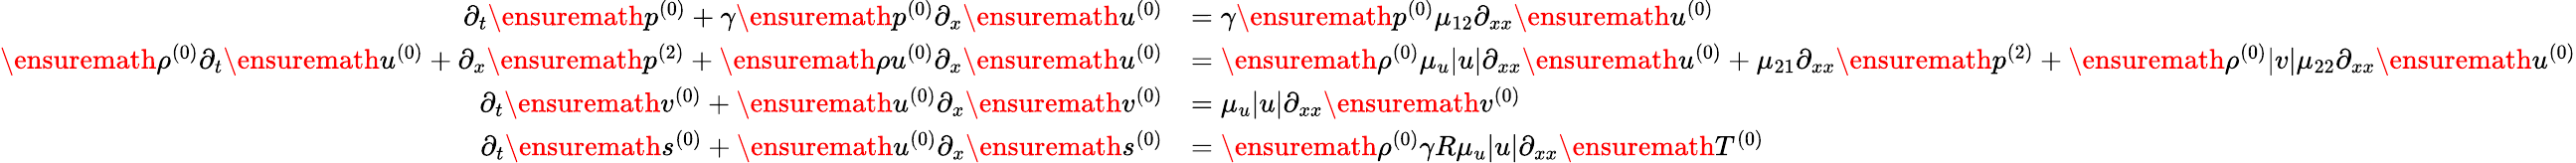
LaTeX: \begin{array}{rl}{\partial_{t}\ensuremath{p^{(0)}}+\gamma\ensuremath{p^{(0)}}\partial_{x}\ensuremath{u^{(0)}}}&{=\gamma\ensuremath{p^{(0)}}\mu_{12}\partial_{xx}\ensuremath{u^{(0)}}}\\ {\ensuremath{\rho^{(0)}}\partial_{t}\ensuremath{u^{(0)}}+\partial_{x}\ensuremath{p^{(2)}}+\ensuremath{\rho u^{(0)}}\partial_{x}\ensuremath{u^{(0)}}}&{=\ensuremath{\rho^{(0)}}\mu_{u}|u|\partial_{xx}\ensuremath{u^{(0)}}+\mu_{21}\partial_{xx}\ensuremath{p^{(2)}}+\ensuremath{\rho^{(0)}}|v|\mu_{22}\partial_{xx}\ensuremath{u^{(0)}}}\\ {\partial_{t}\ensuremath{v^{(0)}}+\ensuremath{u^{(0)}}\partial_{x}\ensuremath{v^{(0)}}}&{=\mu_{u}|u|\partial_{xx}\ensuremath{v^{(0)}}}\\ {\partial_{t}\ensuremath{s^{(0)}}+\ensuremath{u^{(0)}}\partial_{x}\ensuremath{s^{(0)}}}&{=\ensuremath{\rho^{(0)}}\gamma R\mu_{u}|u|\partial_{xx}\ensuremath{T^{(0)}}}\end{array}